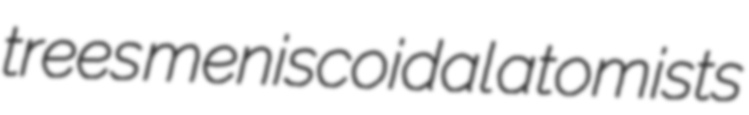
trees meniscoidal atomists